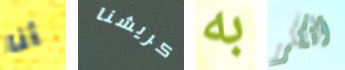
أنا كريشنا به أنكر